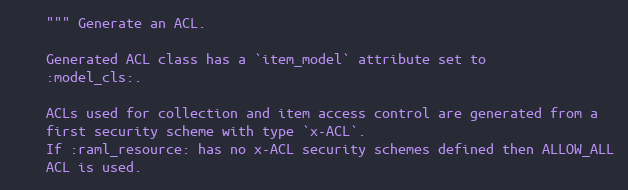
Language: Python
    """ Generate an ACL.

    Generated ACL class has a `item_model` attribute set to
    :model_cls:.

    ACLs used for collection and item access control are generated from a
    first security scheme with type `x-ACL`.
    If :raml_resource: has no x-ACL security schemes defined then ALLOW_ALL
    ACL is used.